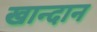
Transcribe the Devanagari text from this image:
खान्दान